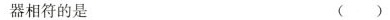
器相符的是（ ）